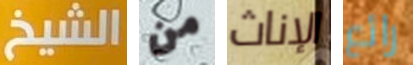
الشيخ من الإناث رائع